Vaccination in Bombay 1924-1928 - 1924-1928
Year: 1924
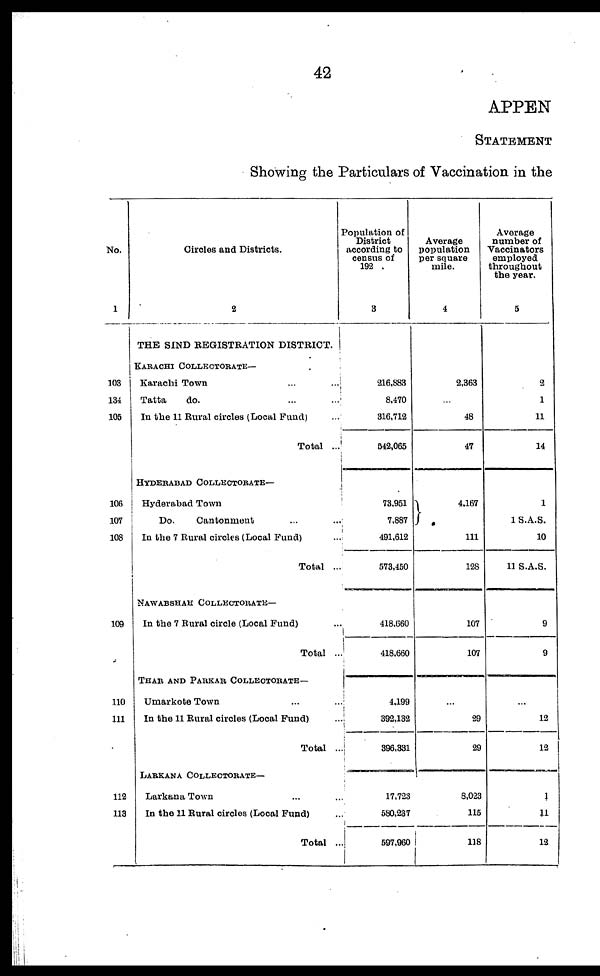
42
APPEN
STATEMENT
Showing the Particulars of Vaccination in the
No.
1
103
134
105
106
107
108
109
110
111
112
113
Circles and Districts.
2
THE SIND REGISTRATION DISTRICT.
KARACHI COLLECTORATE—
Karachi Town
...
...
Tatta
do. ... ...
In the 11 Rural circles (Local Fund) ...
Total ...
HYDERABAD COLLECTORATE—
Hyderabad Town ... ...
Do.
Cantonment ... ...
In the 7 Rural circles (Local Fund) ...
Total ...
NAWABSHAH COLLECTORATE—
In the 7 Rural circle (Local Fund) ...
Total ...
THAR AND PARKAR COLLECTORATE—
Umarkote Town ... ...
In the 11 Rural ciroles (Local Fund) ...
Total ..
LARKANA COLLECTORATE—
Larkana Town ... ...
In the 11 Rural circles (Local Fund) ...
Total ..
Population of
District
according to
census of
192
3
216,883
8,470
316,712
542,065
73,951
7,887
491,612
573,450
418,660
418,660
4,199
392,132
396,331
17,723
580,237
597,960
Average
population
per square
mile.
4
2,363
...
48
47
4,167
111
128
107
107
...
29
29
8,023
115
118
Average
number of
Vaccinators
employed
throughout
the year.
5
2
1
11
14
1
1 S.A.S.
10
11 S.A.S.
9
9
...
12
12
4
11
12